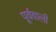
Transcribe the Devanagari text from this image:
पूर्ववाली